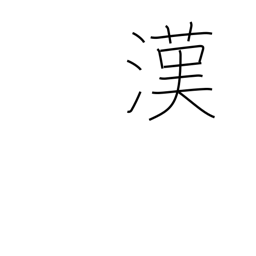
Meaning: China